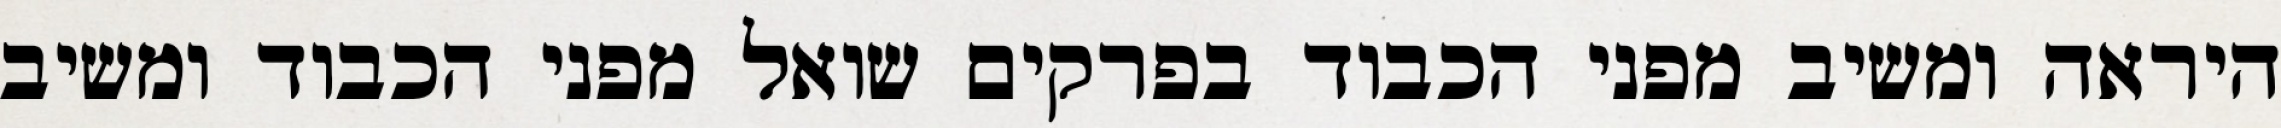
היראה ומשיב מפני הכבוד בפרקים שואל מפני הכבוד ומשיב